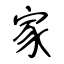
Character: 家